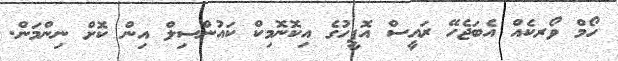
ހޯމް ވޯރކެއް އެބަޖެހޭ ރައީސް އޮފީހުގެ އިކޮނޮމިކް ކައުންސިލް އިން ކޮށް ނިންމަން.